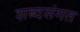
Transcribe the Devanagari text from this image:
शब्दसंगत